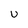
Character: U